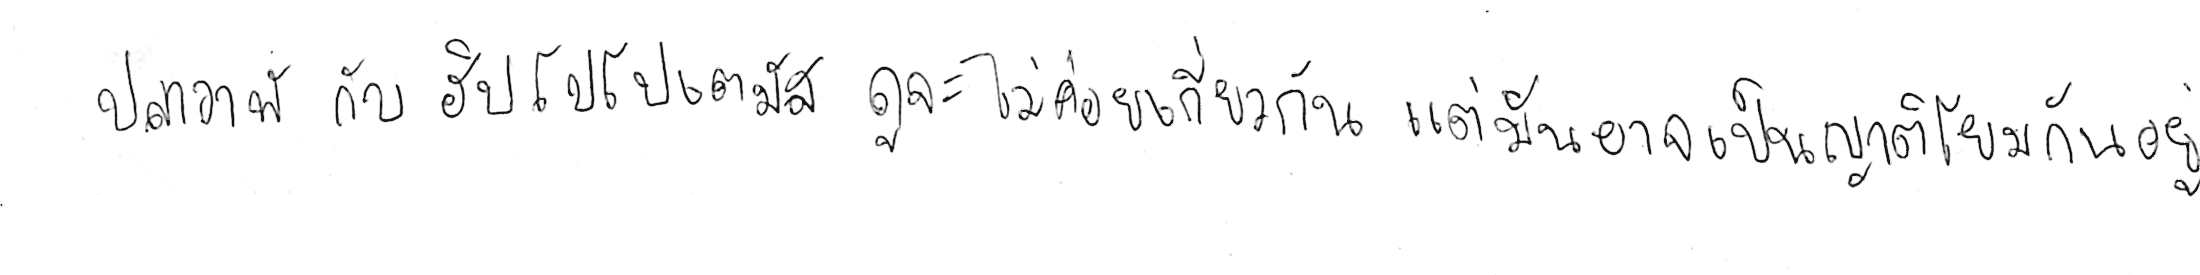
ปลาวาฬ กับ ฮิปโปโปเตมัส ดูจะไม่ค่อยเกี่ยวกัน แต่มันอาจเป็นญาติโยมกันอยู่